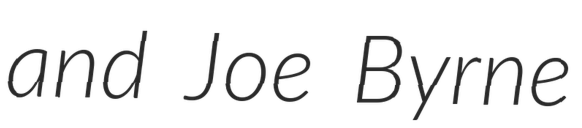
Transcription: and Joe Byrne